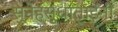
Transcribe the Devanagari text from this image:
स्नेहसुधाताईंनी